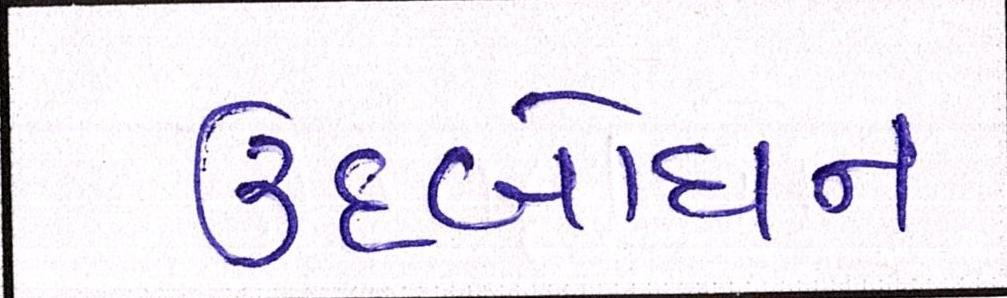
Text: ઉદબોધન